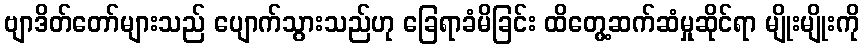
ဗျာဒိတ်တော်များသည် ပျောက်သွားသည်ဟု ခြေရာခံမိခြင်း ထိတွေ့ဆက်ဆံမှုဆိုင်ရာ မျိုးမျိုးကို